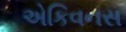
એકિવનસ